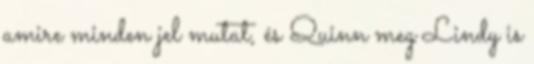
amire minden jel mutat, és Quinn meg Lindy is